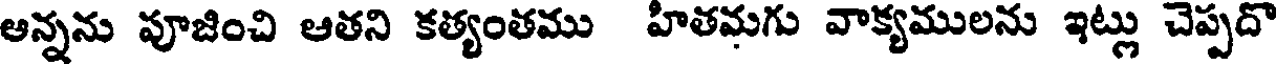
ఆన్నను పూజించి ఆతని కత్యంతము హితమగు వాక్యములను ఇట్లు చెప్పదొ